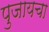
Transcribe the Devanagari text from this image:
पुजायचा